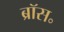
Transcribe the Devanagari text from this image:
ब्रॉस॰